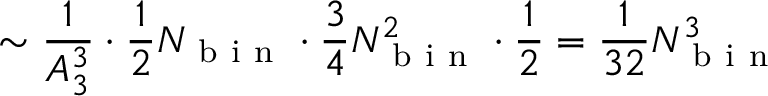
\sim \frac { 1 } { A _ { 3 } ^ { 3 } } \cdot \frac { 1 } { 2 } N _ { \mathrm { ~ b ~ i ~ n ~ } } \cdot \frac { 3 } { 4 } N _ { \mathrm { ~ b ~ i ~ n ~ } } ^ { 2 } \cdot \frac { 1 } { 2 } = \frac { 1 } { 3 2 } N _ { \mathrm { ~ b ~ i ~ n ~ } } ^ { 3 }